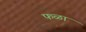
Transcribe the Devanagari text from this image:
फळां